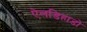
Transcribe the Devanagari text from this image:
ऐलडिहाडो